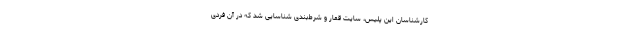
کارشناسان این پلیس، سایت قمار و شرط‌بندی شناسایی شد که در آن فردی